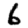
Digit: 6